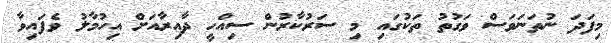
މިފަދަ ނުތަނަވަސް ވަގުތު ތަކުގައި މި ސަރުކާރުން ސިއްހީ ދާއިރާއަށް އިހުމާލު ވެފައިވާ